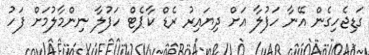
ގަޑިޖެހިގެން އޭނާ ހަފުލާ އަށް ދިޔައިރު ރެޑް ކާޕެޓް ހަފުލާ ނިންމާލުމަށް ފަހު